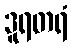
ဒူရတရံ